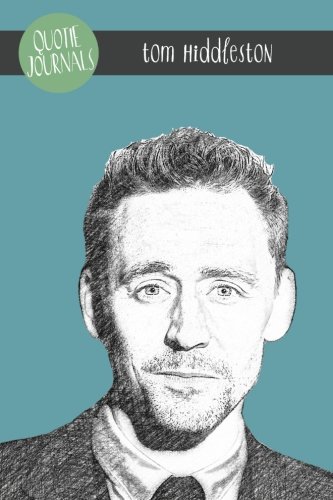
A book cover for Tom Hiddleston Quote Journal (Quotie Journals); Quotie Pie; Reference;